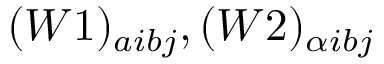
( W 1 ) _ { a i b j } , ( W 2 ) _ { \alpha i b j }